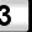
Digit: 3